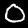
Digit: 0